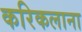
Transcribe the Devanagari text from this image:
करिकलाना